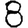
Digit: 8